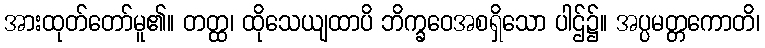
အားထုတ်တော်မူ၏။ တတ္ထ၊ ထိုသေယျထာပိ ဘိက္ခဝေအစရှိသော ပါဌ်၌။ အပ္ပမတ္တကောတိ၊